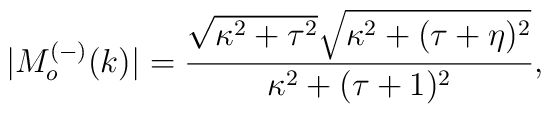
|M_o^{(-)}(k)|=\frac{\sqrt{\kappa^2+\tau^2}\sqrt{\kappa^2+(\tau+\eta)^2}}{\kappa^2+(\tau+1)^2},